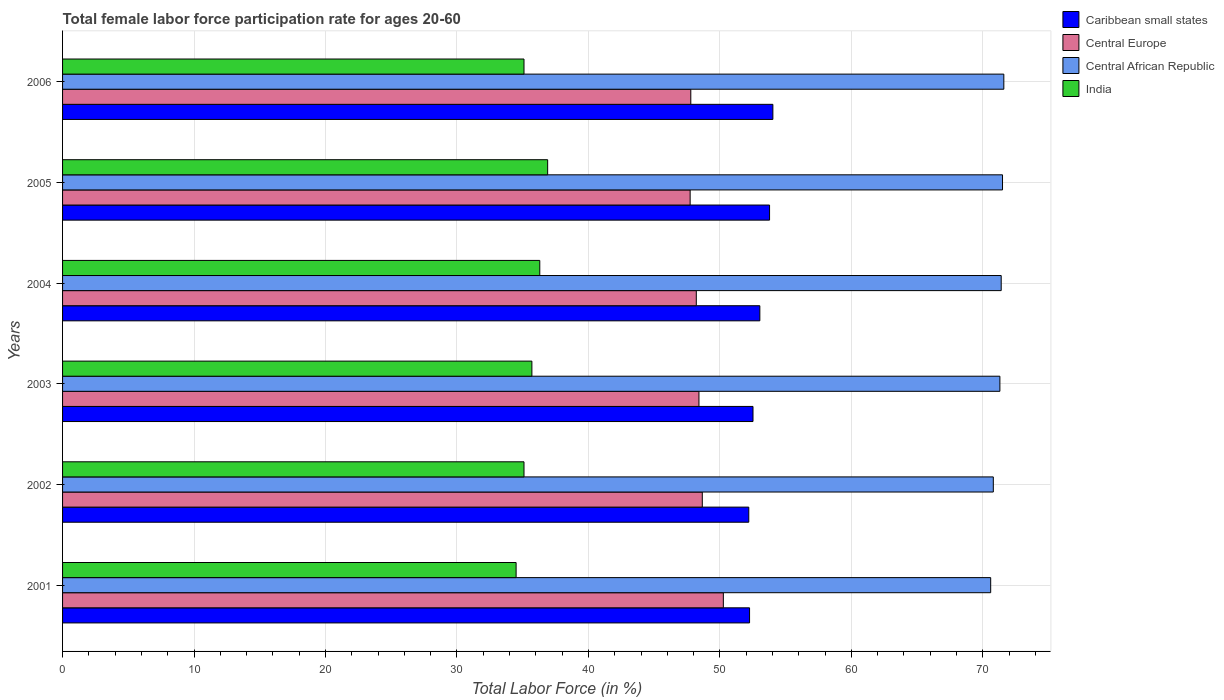
| Years | Caribbean small states | Central Europe | Central African Republic | India |
 | --- | --- | --- | --- | --- |
 | 2001 | 52.3 | 50.3 | 70.6 | 34.5 |
 | 2002 | 52.2 | 48.7 | 70.8 | 35.1 |
 | 2003 | 52.5 | 48.4 | 71.3 | 35.7 |
 | 2004 | 53 | 48.2 | 71.4 | 36.3 |
 | 2005 | 53.8 | 47.7 | 71.5 | 36.9 |
 | 2006 | 54 | 47.8 | 71.6 | 35.1 |